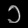
Digit: ၁